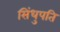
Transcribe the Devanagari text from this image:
सिंधुपति